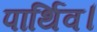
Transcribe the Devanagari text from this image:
पार्थिव।